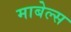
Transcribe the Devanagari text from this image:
माबेल्स